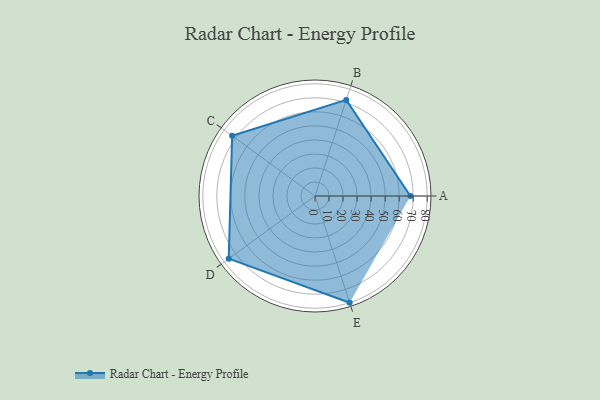
{"axis": {"x": "Skill", "y": "Score"}, "legend": ["Profile"], "data": [{"x": "A", "y": 68.0, "type": "Profile"}, {"x": "B", "y": 72.0, "type": "Profile"}, {"x": "C", "y": 73.0, "type": "Profile"}, {"x": "D", "y": 76.0, "type": "Profile"}, {"x": "E", "y": 80.0, "type": "Profile"}]}